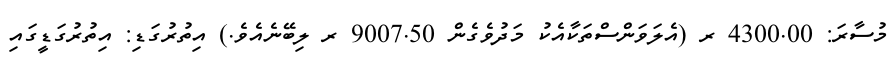
މުސާރަ: 4300.00 ރ (އެލަވަންސްތަކާއެކު މަދުވެގެން 9007.50 ރ ލިބޭނެއެވެ.) އިތުރުގަޑި: އިތުރުގަޑީގައި